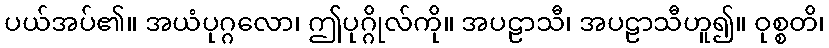
ပယ်အပ်၏။ အယံပုဂ္ဂလော၊ ဤပုဂ္ဂိုလ်ကို။ အပဠာသီ၊ အပဠာသီဟူ၍။ ဝုစ္စတိ၊